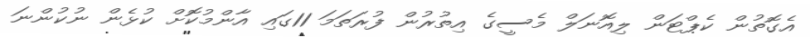
އެގޮތުން ކެޕްޓަން ލިއޮނަލް މެސީގެ އިތުރުން ފުރަތަމަ 11ގައި އާންމުކޮށް ކުޅެން ނުކުންނަ